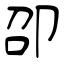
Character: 卲